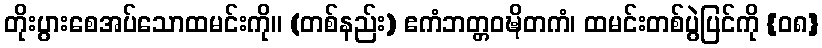
တိုးပွားစေအပ်သောထမင်းကို။ (တစ်နည်း) ဧကံဘတ္တဝဍ္ဎိတကံ၊ ထမင်းတစ်ပွဲပြင်ကို {၀၈}